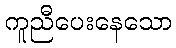
ကူညီပေးနေသော